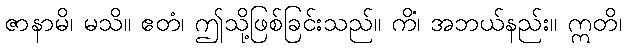
ဇာနာမိ၊ မသိ။ ဧတံ၊ ဤသို့ဖြစ်ခြင်းသည်။ ကိံ၊ အဘယ်နည်း။ ဣတိ၊